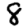
Digit: 8